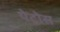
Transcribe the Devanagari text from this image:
पेट्रोस